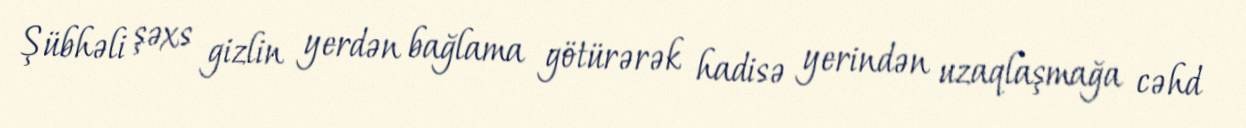
Şübhəli şəxs gizlin yerdən bağlama götürərək hadisə yerin­dən uzaqlaşmağa cəhd